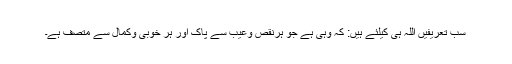
سب تعریفیں اللہ ہی کیلئے ہیں: کہ وہی ہے جو ہرنقص وعیب سے پاک اور ہر خوبی وکمال سے متصف ہے۔